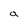
Character: a